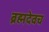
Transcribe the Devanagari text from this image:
ब्रह्मदेवच